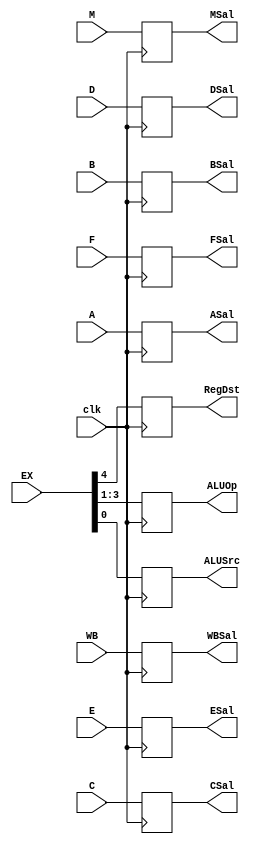
`timescale 1ns/1ns

module Buf2(
	input clk,
	input [1:0]WB,
	input [2:0]M,
	input [4:0]EX,
	input [31:0]A,
	input [31:0]B,
	input [31:0]C,
	input [31:0]D,
	input [4:0]E,
	input [4:0]F,
	output reg [1:0]WBSal,
	output reg [2:0]MSal,
	output reg RegDst,
	output reg [2:0]ALUOp,
	output reg ALUSrc,
	output reg [31:0]ASal,
	output reg [31:0]BSal,
	output reg [31:0]CSal,
	output reg [31:0]DSal,
	output reg [4:0]ESal,
	output reg [4:0]FSal
);

initial 
begin	
	WBSal = 2'd0;
	MSal = 3'd0;
	RegDst = 1'd0;
	ALUOp = 3'd0;
	ALUSrc = 1'd0;
	ASal = 32'd0;
	BSal = 32'd0;
	CSal = 32'd0;
	DSal = 32'd0;
	ESal = 5'd0;
	FSal = 5'd0;
end

always @(posedge clk)                                                                                               
begin 
	WBSal = WB;
	MSal = M;
	RegDst = EX[4];
	ALUOp = EX[3:1];
	ALUSrc = EX[0];
	ASal = A;
	BSal = B;
	CSal = C;
	DSal = D;
	ESal = E;
	FSal = F;
end

endmodule